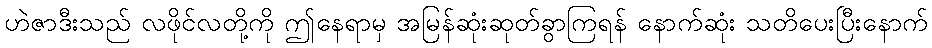
ဟဲဇာဒီးသည် လဖိုင်လတို့ကို ဤနေရာမှ အမြန်ဆုံးဆုတ်ခွာကြရန် နောက်ဆုံး သတိပေးပြီးနောက်